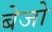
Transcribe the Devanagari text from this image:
बेजो